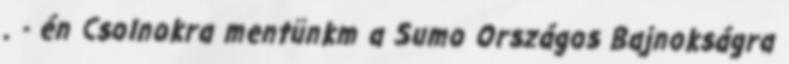
. - én Csolnokra mentünkm a Sumo Országos Bajnokságra